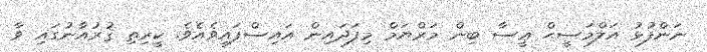
ނަންފުޅު އަލްމަސީޙް ޢީސާ ބިން މަރްޔަމް މިފަދައިން އައިސްފައިވެއެވެ. ކީރިތި ޤުރުއާނުގައި ވާ